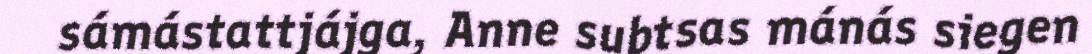
sámástattjájga, Anne subtsas mánás siegen